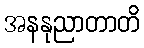
အနနုညာတာတိ